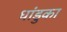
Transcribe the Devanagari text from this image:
धांडुका